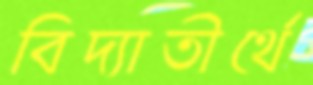
বিদ্যাতীর্থে